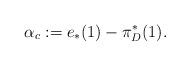
LaTeX: \begin{align*}\alpha_c:=e_*(1)-\pi^{*}_D(1).\end{align*}